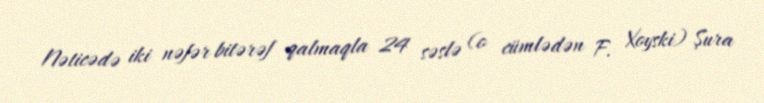
Nəticədə iki nəfər bitərəf qalmaqla 24 səslə (o cümlədən F. Xoyski) Şura